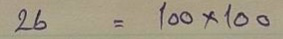
26 = 100 x 100